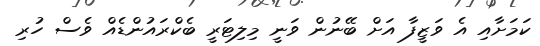
ކަމަށާއި އެ ވަޒީފާ އަށް ބޭނުން ވަނީ މިލިޓަރީ ބެކްރައުންޑެއް ވެސް ހުރި